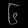
Digit: ၆